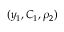
( y _ { 1 } , C _ { 1 } , \rho _ { 2 } )